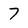
Character: 7